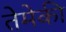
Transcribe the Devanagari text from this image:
तेमेकी